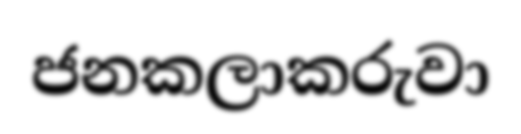
ජනකලාකරුවා